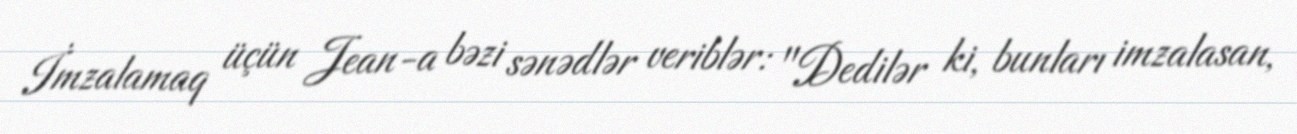
İmzalamaq üçün Jean-a bəzi sənədlər veriblər: "Dedilər ki, bunları imzalasan,